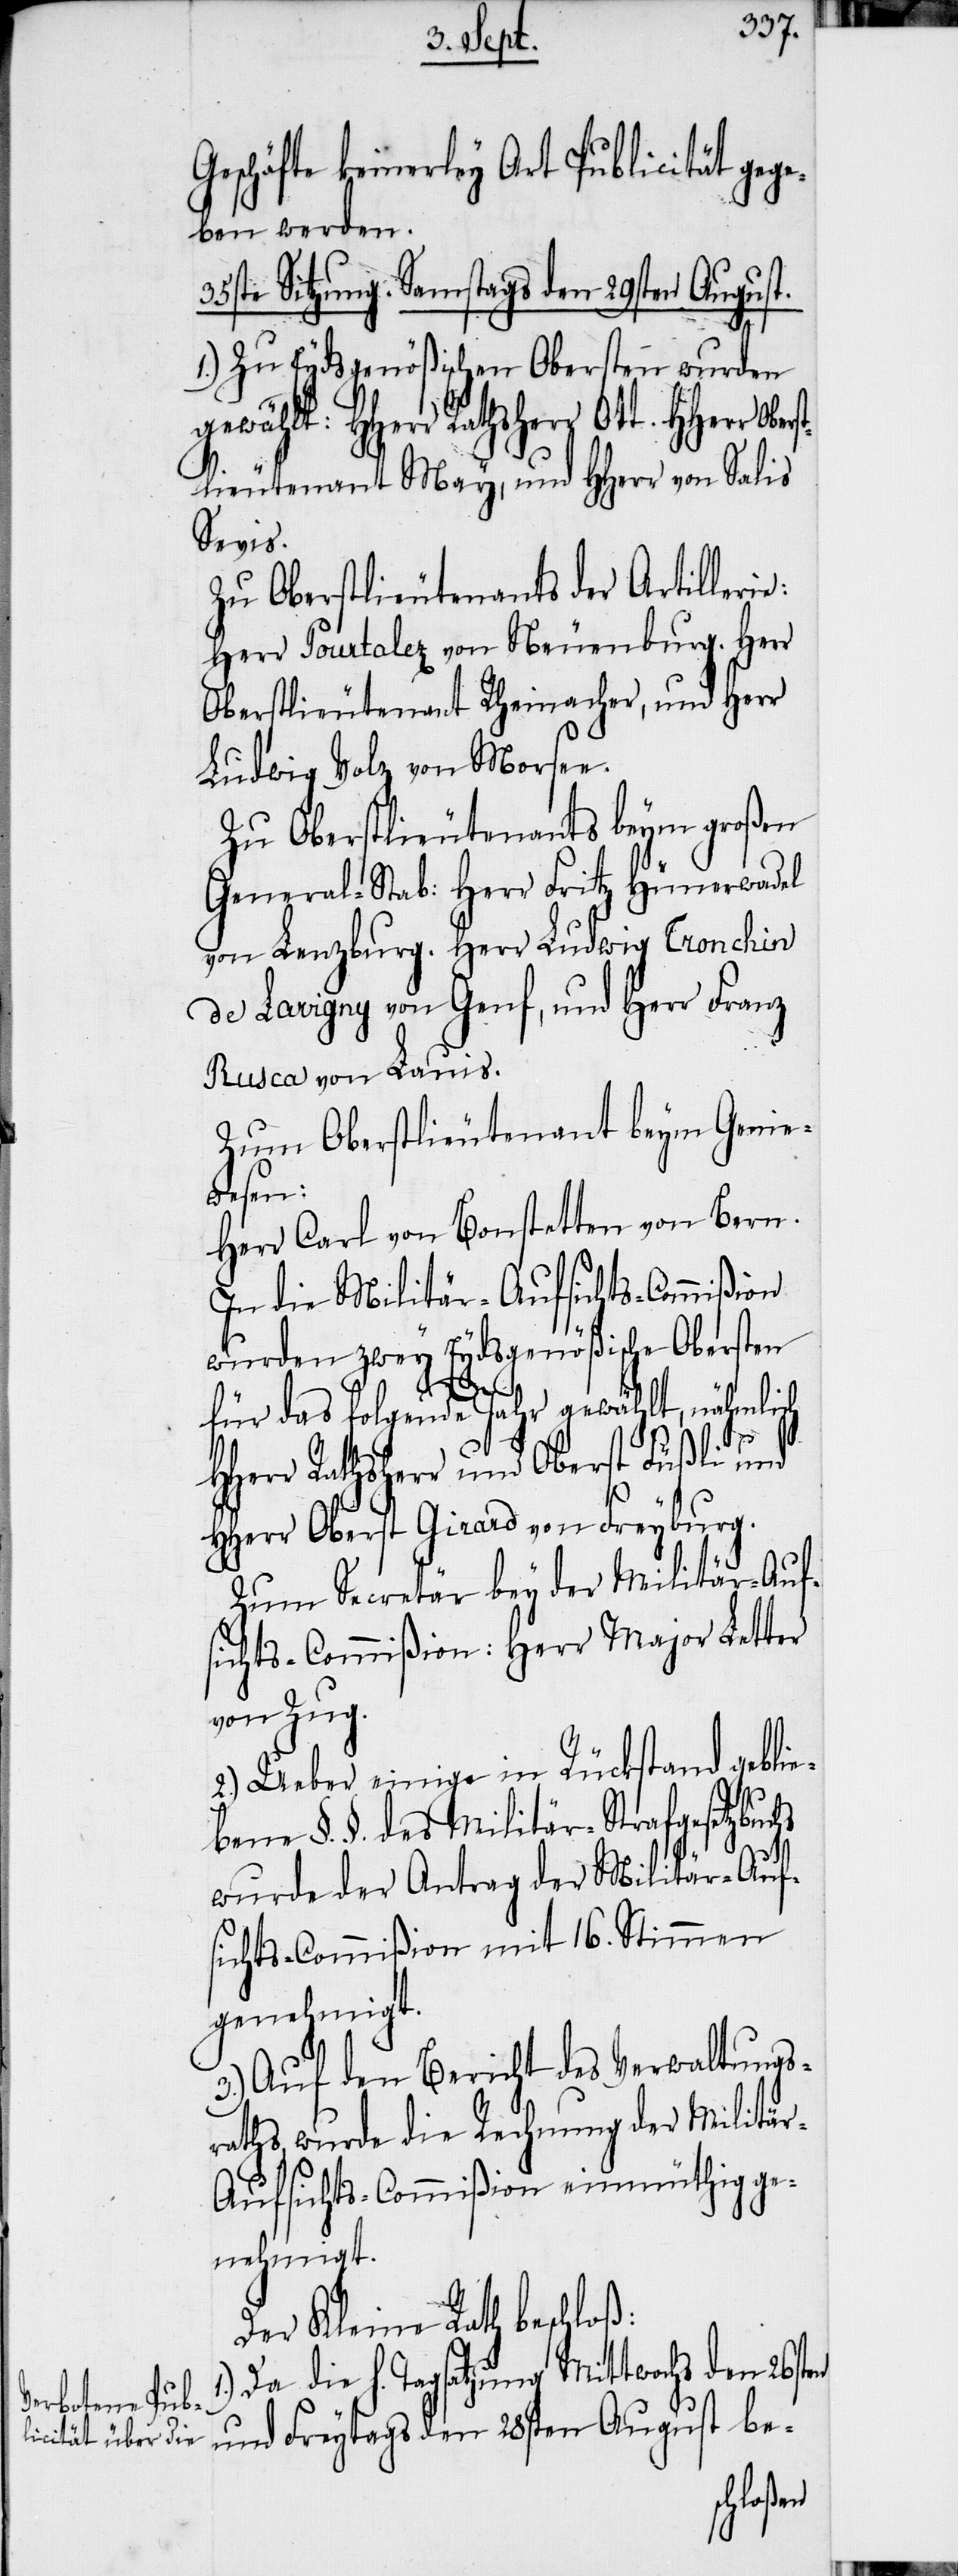
Geschäfte keinerley Art Publicität gege¬
ben werden.
35ste Sitzung. Samstags den 29sten August.
Oberst¬
1.) Zu Eydsgenößischen Obersten wurden
gewählt: HHerr Rathsherr Ott. HHer¬
lieutenant May, und HHerr von Salis
Sevis.
Zu Oberstlieutenants der Artillerie:
Herr Pourtalez von Neuenburg, Herr
Oberstlieutenant Rheinacher, und Herr
Ludwig Volz von Morsee.
Zu Oberstlieutenants beym großen
General-Stab: Herr Fritz Hünerwadel
von Lenzburg. Herr Ludwig Tronchin
de Lavigny von Genf, und Herr Franz
Rusca von Lauis.
Zum Oberstlieutenant beym Genie¬
wesen:
Herr Carl von Bonstetten von Bern.
In die Militär-Aufsichts-Commißion
wurden zwey Eydsgenößische Obersten
r
für das folgende Jahr gewählt, nähmlich
HHerr Rathsherr und Oberst Füßli und
HHerr Oberst Girard von Freyburg.
Zum Secretär bey der Militär-Auf¬
sichts-Commißion: Herr Major Letter
von Zug.
1.)
Ueber einige in Rückstand geblie¬
bene §. §. des Militär-Strafgesetzbuc¬
hs
wurde der Antrag der Militär-Auf¬
sichts-Commißion mit 16. Stimmen
genehmigt.
3.) Auf den Bericht des Verwaltungs¬
raths, wurde die Rechnung der Militä¬
r-Aufsichts-Commißion einmüthig ge¬
nehmigt.
Der Kleine Rath beschloß:
Da die h. Tagsatzung Mittwochs den 26sten
und Freytags den 28sten August be-